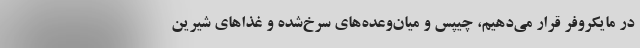
در مایکروفر قرار می‌دهیم، چیپس و میان‌وعده‌های سرخ‌شده و غذا‌های شیرین